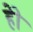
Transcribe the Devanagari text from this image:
हेेो